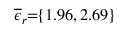
\! \! \! \! \! \! \! \! \! \! \! \! \! \overline { { \epsilon } } _ { r } \! \! = \! \! \{ 1 . 9 6 , 2 . 6 9 \} \!